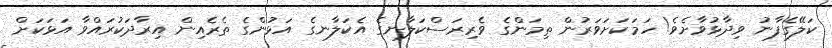
ކަލޭގެފާނު ވިދާޅުވާށެވެ! ހަމަކަށަވަރުން ތިމަންގެ ވެރިރަސްކަލާނގެ އެކަލާނގެ އަޅުންގެ ތެރެއިން އިރާދަކުރައްވާ އަޅަަކަށް